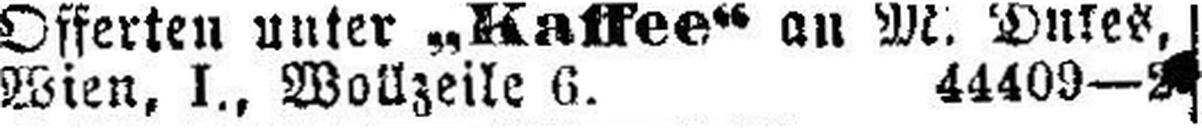
Wien, I., Wollzeile 6. 44409—2